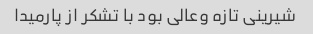
شیرینی تازه وعالی بود با تشکر از پارمیدا